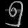
Digit: ၅